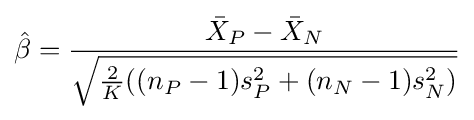
{\hat {\beta }}={\frac {{\bar {X}}_{P}-{\bar {X}}_{N}}{\sqrt {{\frac {2}{K}}((n_{P}-1)s_{P}^{2}+(n_{N}-1)s_{N}^{2})}}}